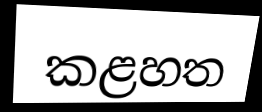
කළහත